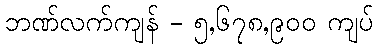
ဘဏ်လက်ကျန် - ၅,၆၇၈,၉၀၀ ကျပ်